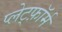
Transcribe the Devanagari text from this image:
प्लेट्फ़ॉर्म